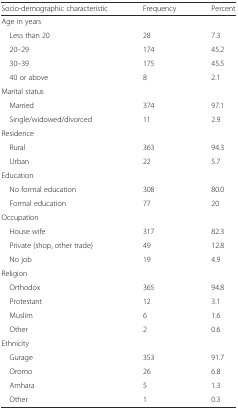
| Socio-demographic characteristic | Frequency | Percent |
 | --- | --- | --- |
 | Age in years |  |  |
 | Less than 20 | 28 | 7.3 |
 | 20–29 | 174 | 45.2 |
 | 30–39 | 175 | 45.5 |
 | 40 or above | 8 | 2.1 |
 | Marital status |  |  |
 | Married | 374 | 97.1 |
 | Single/widowed/divorced | 11 | 2.9 |
 | Residence |  |  |
 | Rural | 363 | 94.3 |
 | Urban | 22 | 5.7 |
 | Education |  |  |
 | No formal education | 308 | 80.0 |
 | Formal education | 77 | 20 |
 | Occupation |  |  |
 | House wife | 317 | 82.3 |
 | Private (shop, other trade) | 49 | 12.8 |
 | No job | 19 | 4.9 |
 | Religion |  |  |
 | Orthodox | 365 | 94.8 |
 | Protestant | 12 | 3.1 |
 | Muslim | 6 | 1.6 |
 | Other | 2 | 0.6 |
 | Ethnicity |  |  |
 | Gurage | 353 | 91.7 |
 | Oromo | 26 | 6.8 |
 | Amhara | 5 | 1.3 |
 | Other | 1 | 0.3 |